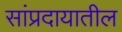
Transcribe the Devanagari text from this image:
सांप्रदायातील